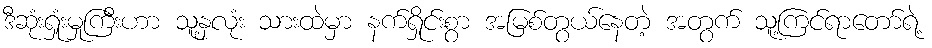
ဒီဆုံးရှုံးမှုကြီးဟာ သူ့နှလုံး သားထဲမှာ နက်ရှိုင်းစွာ အမြစ်တွယ်နေတဲ့ အတွက် သူ့ကြင်ရာတော်ရဲ့